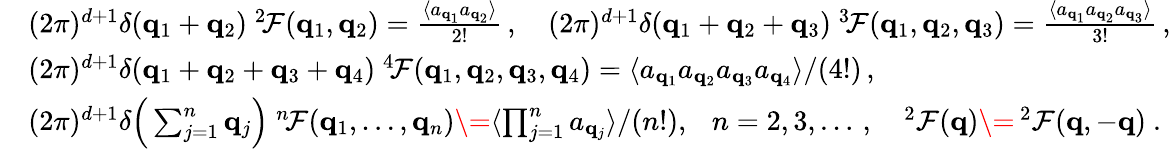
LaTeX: \begin{array}{rl}&{(2\pi)^{d+1}\delta({{\mathbf q}_{1}}+{{\mathbf q}_{2}})\ ^{2\! }{\cal F}({{\mathbf q}_{1}},{{\mathbf q}_{2}})=\frac{\langle a_{{\mathbf q}_{1}}a_{{\mathbf q}_{2}}\rangle}{2!}\, ,\quad(2\pi)^{d+1}\delta({{\mathbf q}_{1}}+{{\mathbf q}_{2}}+{{\mathbf q}_{3}})\ ^{3\! }{\cal F}({{\mathbf q}_{1}},{{\mathbf q}_{2}},{{\mathbf q}_{3}})=\frac{\langle a_{{\mathbf q}_{1}}a_{{\mathbf q}_{2}}a_{{\mathbf q}_{3}}\rangle}{3!}\, ,}\\ &{(2\pi)^{d+1}\delta({{\mathbf q}_{1}}+{{\mathbf q}_{2}}+{{\mathbf q}_{3}}+{{\mathbf q}_{4}})\ ^{4\! }{\cal F}({{\mathbf q}_{1}},{{\mathbf q}_{2}},{{\mathbf q}_{3}},{{\mathbf q}_{4}})=\langle a_{{\mathbf q}_{1}}a_{{\mathbf q}_{2}}a_{{\mathbf q}_{3}}a_{{\mathbf q}_{4}}\rangle/(4!)\, ,}\\ &{(2\pi)^{d+1}\delta\Big(\sum_{j=1}^{n}{{\mathbf q}_{j}}\Big)\ ^{n\! }{\cal F}({{\mathbf q}_{1}},\dots,{{\mathbf q}_{n}})\= {\langle\prod_{j=1}^{n}a_{{\mathbf q}_{j}}\rangle}/{(n!)},~~~n=2,3,\dots\, ,\quad^{2}{\cal F}({\mathbf q})\= \, ^{2}{\cal F}({\mathbf q},-{\mathbf q})\ .}\end{array}